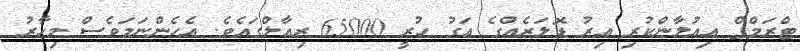
ޓްރަމްޕް އިއުލާންކުރި އިރު ޑޮލަރެއްގެ އަގު ހުރީ 65000 ރިއާލްގައެވެ. އެހެންނަމަވެސް މިހާރު